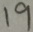
1 9